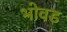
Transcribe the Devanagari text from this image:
भोवड